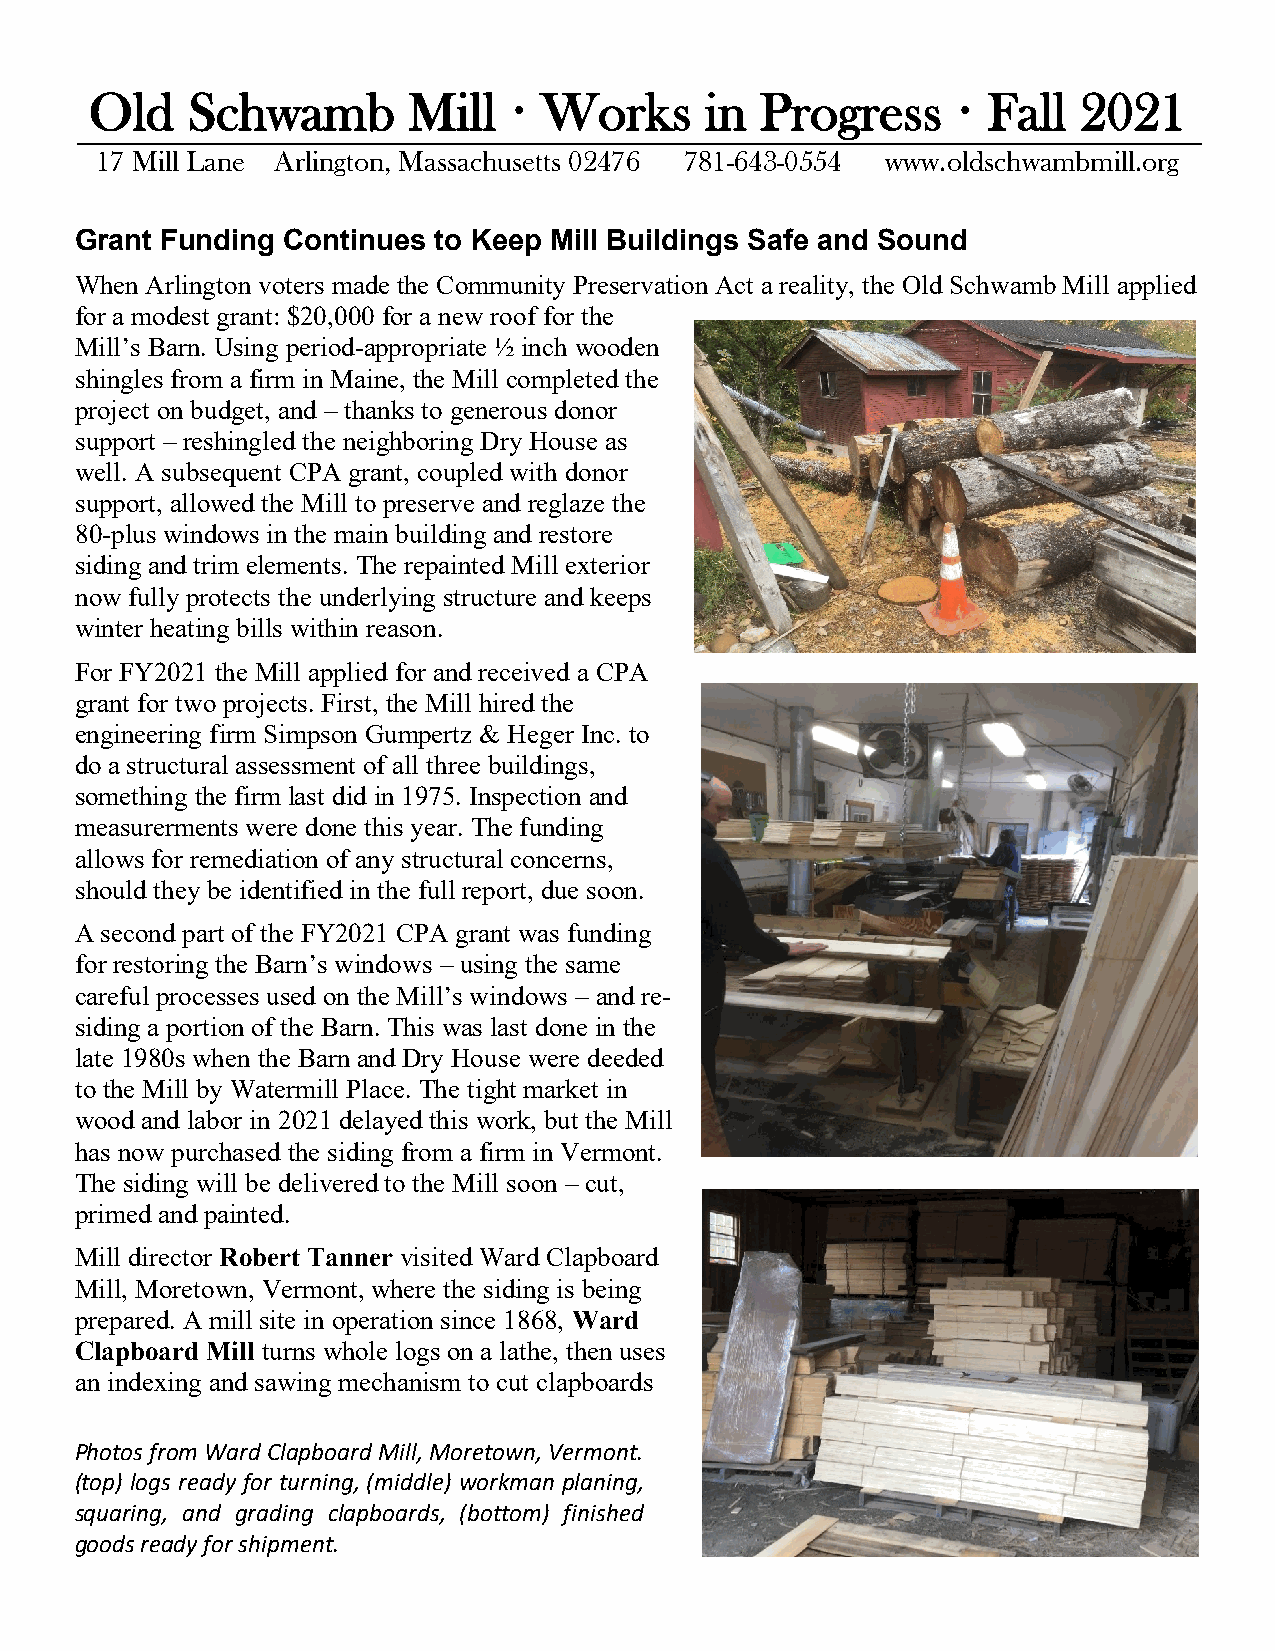
Old   Schwamb        Mill   · Works      in Progress     · Fall   2021
 17 Mill Lane Arlington, Massachusetts 02476 781-643-0554 www.oldschwambmill.org
 Grant Funding Continues to Keep Mill Buildings Safe and Sound
 When Arlington voters made the Community Preservation Act a reality, the Old Schwamb Mill applied
 for a modest grant: $20,000 for a new roof for the
 Mill’s Barn. Using period-appropriate ½ inch wooden
 shingles from a firm in Maine, the Mill completed the
 project on budget, and – thanks to generous donor
 support – reshingled the neighboring Dry House as
 well. A subsequent CPA grant, coupled with donor
 support, allowed the Mill to preserve and reglaze the
 80-plus windows in the main building and restore
 siding and trim elements. The repainted Mill exterior
 now fully protects the underlying structure and keeps
 winter heating bills within reason.
 For FY2021 the Mill applied for and received a CPA
 grant for two projects. First, the Mill hired the
 engineering firm Simpson Gumpertz & Heger Inc. to
 do a structural assessment of all three buildings,
 something the firm last did in 1975. Inspection and
 measurerments were done this year. The funding
 allows for remediation of any structural concerns,
 should they be identified in the full report, due soon.
 A second part of the FY2021 CPA grant was funding
 for restoring the Barn’s windows – using the same
 careful processes used on the Mill’s windows – and re-
 siding a portion of the Barn. This was last done in the
 late 1980s when the Barn and Dry House were deeded
 to the Mill by Watermill Place. The tight market in
 wood and labor in 2021 delayed this work, but the Mill
 has now purchased the siding from a firm in Vermont.
 The siding will be delivered to the Mill soon – cut,
 primed and painted.
 Mill director Robert Tanner visited Ward Clapboard
 Mill, Moretown, Vermont, where the siding is being
 prepared. A mill site in operation since 1868, Ward
 Clapboard Mill turns whole logs on a lathe, then uses
 an indexing and sawing mechanism to cut clapboards
 Photos from Ward Clapboard Mill, Moretown, Vermont.
 (top) logs ready for turning, (middle) workman planing,
 squaring, and grading clapboards, (bottom) finished
 goods ready for shipment.